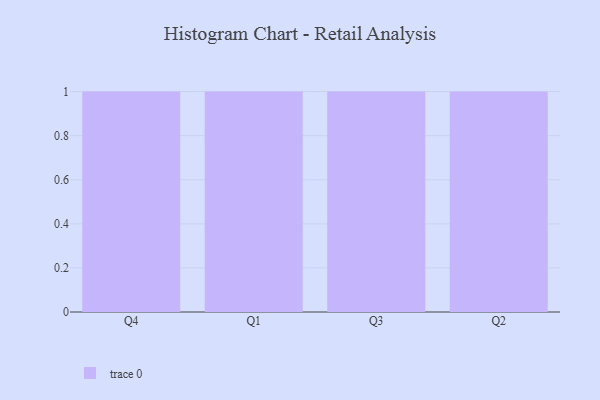
{"axis": {"x": "Quarter", "y": "Page Views"}, "legend": [""], "data": [{"x": "Q4", "y": 58, "type": ""}, {"x": "Q1", "y": 52, "type": ""}, {"x": "Q3", "y": 83, "type": ""}, {"x": "Q2", "y": 89, "type": ""}]}